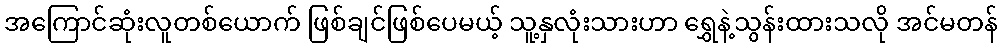
အကြောင်ဆုံးလူတစ်ယောက် ဖြစ်ချင်ဖြစ်ပေမယ့် သူ့နှလုံးသားဟာ ရွှေနဲ့သွန်းထားသလို အင်မတန်